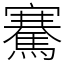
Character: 騫